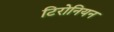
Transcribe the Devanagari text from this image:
टिरोनियन